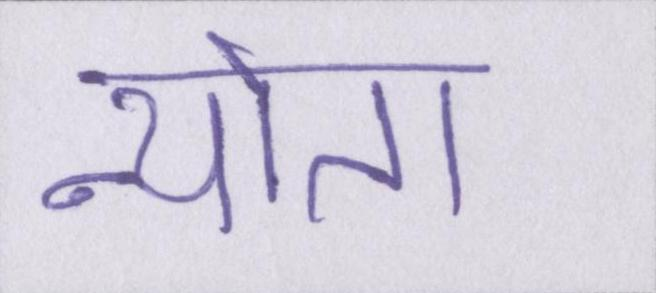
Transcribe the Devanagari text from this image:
न्योता